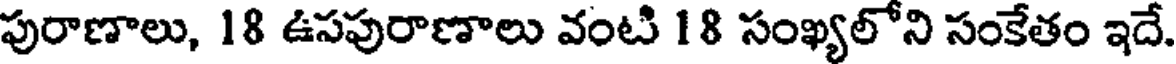
పురాణాలు, 18 ఉసపురాణాలు వంటి 18 సంఖ్యలోని సంకేతం ఇదే.